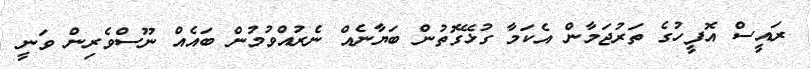
ރައީސް އޮފީހުގެ ތަރުޖަމާން އެކަމާ ގުޅޭގޮތުން ބަޔާނެއް ނެރުއްވުމުން ބައެއް ނޫސްވެރިން ވަނީ